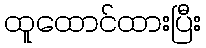
ထူထောင်ထားပြီး